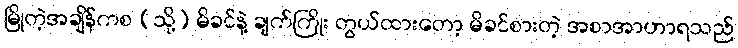
မြိုတဲ့အချိန်ကစ (သို့) မိခင်နဲ့ ချက်ကြိုး တွယ်ထားတော့ မိခင်စားတဲ့ အစာအာဟာရသည်